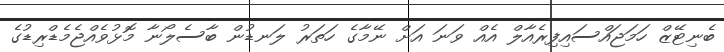
ބެނިޓޭޒް ހަމަޖައްސައިފިރެއާލް އެއް ވަނަ އަށް ނޭމާގެ ހަތަރު ލަނޑުން ބާސެލޯނާ މޮޅުވެއްޖެމެޑްރިޑުގެ